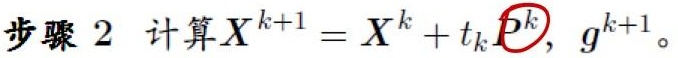
步骤 2 计算$X^{k+1} = X^{k} + t_{k}P^{k}, g^{k+1}$。